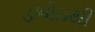
ડભોઇથી